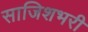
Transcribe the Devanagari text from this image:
साजिशभरी